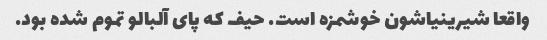
واقعا شیرینیاشون خوشمزه است. حیف که پای آلبالو تموم شده بود.